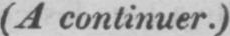
(A continuer.)